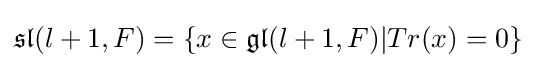
{\mathfrak {sl}}(l+1,F)=\{x\in {\mathfrak {gl}}(l+1,F)|Tr(x)=0\}